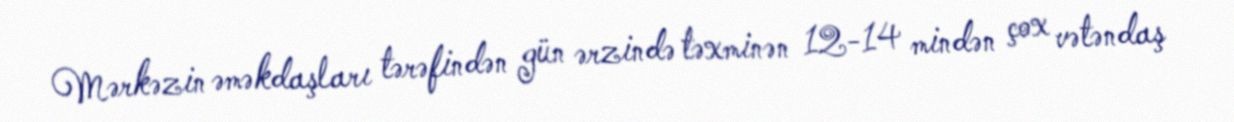
Mərkəzin əməkdaşları tərəfindən gün ərzində təxminən 12-14 mindən çox vətəndaş